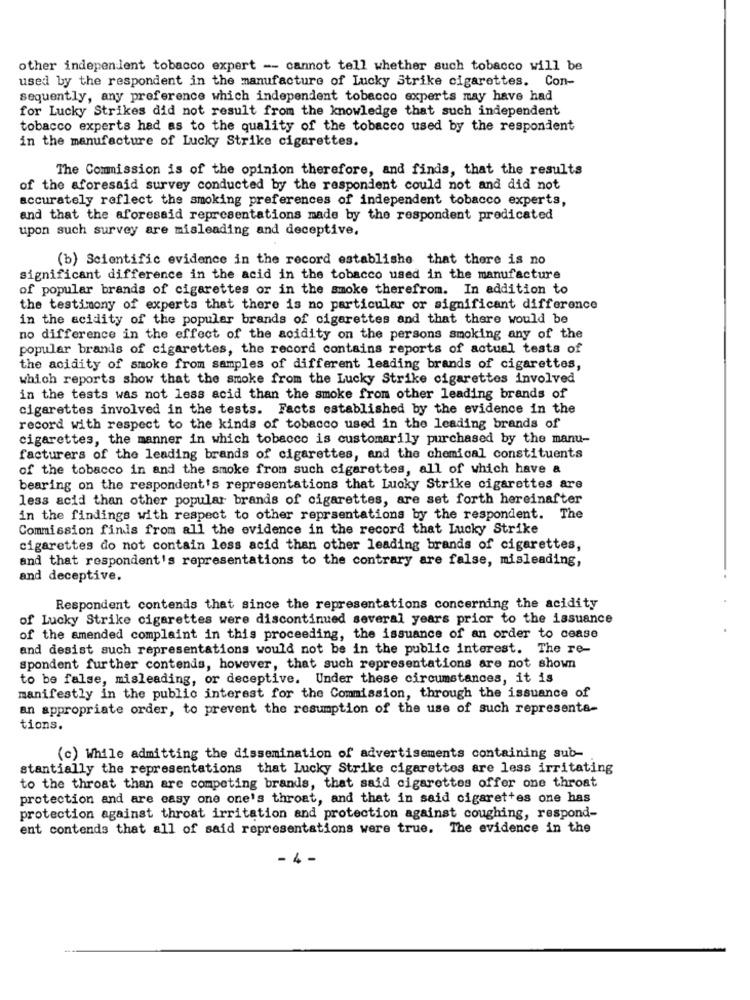
other independent tobacco expert -- cannot tell whether such tobacco will be
used by the respondent in the manufacture of Lucky Strike cigarettes. Con-
sequently, any preference which independent tobacco experts may have had
for Lucky Strikes did not result from the knowledge that such independent
tobacco experts had as to the quality of the tobacco used by the respondent
in the manufacture of Lucky Strike cigarettes.
The Commission is of the opinion therefore, and finds, that the results
of the aforesaid survey conducted by the respondent could not and did not
accurately reflect the smoking preferences of independent tobacco experts,
and that the aforesaid representations made by the respondent predicated
upon such survey are misleading and deceptive.
(b) Scientific evidence in the record establishe that there is no
significant difference in the acid in the tobacco used in the manufacture
of popular brands of cigarettes or in the smoke therefrom. In addition to
the testimony of experts that there is no particular or significant difference
in the acidity of the popular brands of cigarettes and that there would be
no difference in the effect of the acidity on the persons smoking any of the
popular brands of cigarettes, the record contains reports of actual tests of
the acidity of smoke from samples of different leading brands of cigarettes,
which reports show that the smoke from the Lucky Strike cigarettes involved
in the tests was not less acid than the smoke from other leading brands of
cigarettes involved in the tests. Facts established by the evidence in the
record with respect to the kinds of tobacco used in the leading brands of
cigarettes, the manner in which tobacco is customarily purchased by the manu-
facturers of the leading brands of cigarettes, and the chemical constituents
of the tobacco in and the smoke from such cigarettes, all of which have a
bearing on the respondent's representations that Lucky Strike cigarettes are
less acid than other popular brands of cigarettes, are set forth hereinafter
in the findings with respect to other reprsentations by the respondent. The
Commission finds from all the evidence in the record that Lucky Strike
cigarettes do not contain less acid than other leading brands of cigarettes,
and that respondent's representations to the contrary are false, misleading,
and deceptive.
Respondent contends that since the representations concerning the acidity
of Lucky Strike cigarettes were discontinued several years prior to the issuance
of the amended complaint in this proceeding, the issuance of an order to cease
and desist such representations would not be in the public interest. The re-
spondent further contends, however, that such representations are not shown
to be false, misleading, or deceptive. Under these circumstances, it is
manifestly in the public interest for the Commission, through the issuance of
an appropriate order, to prevent the resumption of the use of such representa-
tions.
(c) While admitting the dissemination of advertisements containing sub-
stantially the representations that Lucky Strike cigarettes are less irritating
to the throat than are competing brands, that said cigarettes offer one throat
protection and are easy one one's throat, and that in said cigarettes one has
protection against throat irritation and protection against coughing, respond-
ent contends that all of said representations were true. The evidence in the
- 4 -